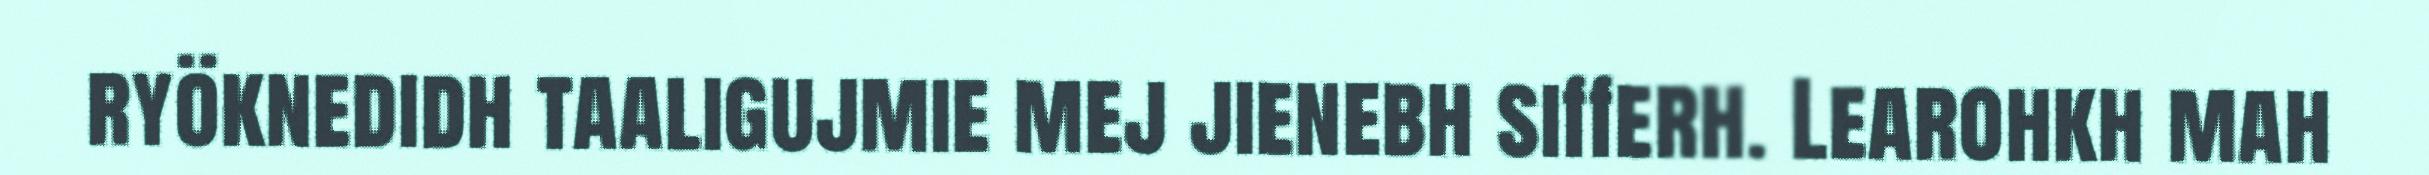
ryöknedidh taaligujmie mej jienebh sifferh. Learohkh mah